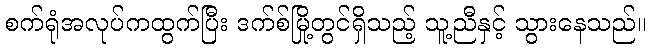
စက်ရုံအလုပ်ကထွက်ပြီး ဒက်စ်မြို့တွင်ရှိသည့် သူ့ညီနှင့် သွားနေသည်။